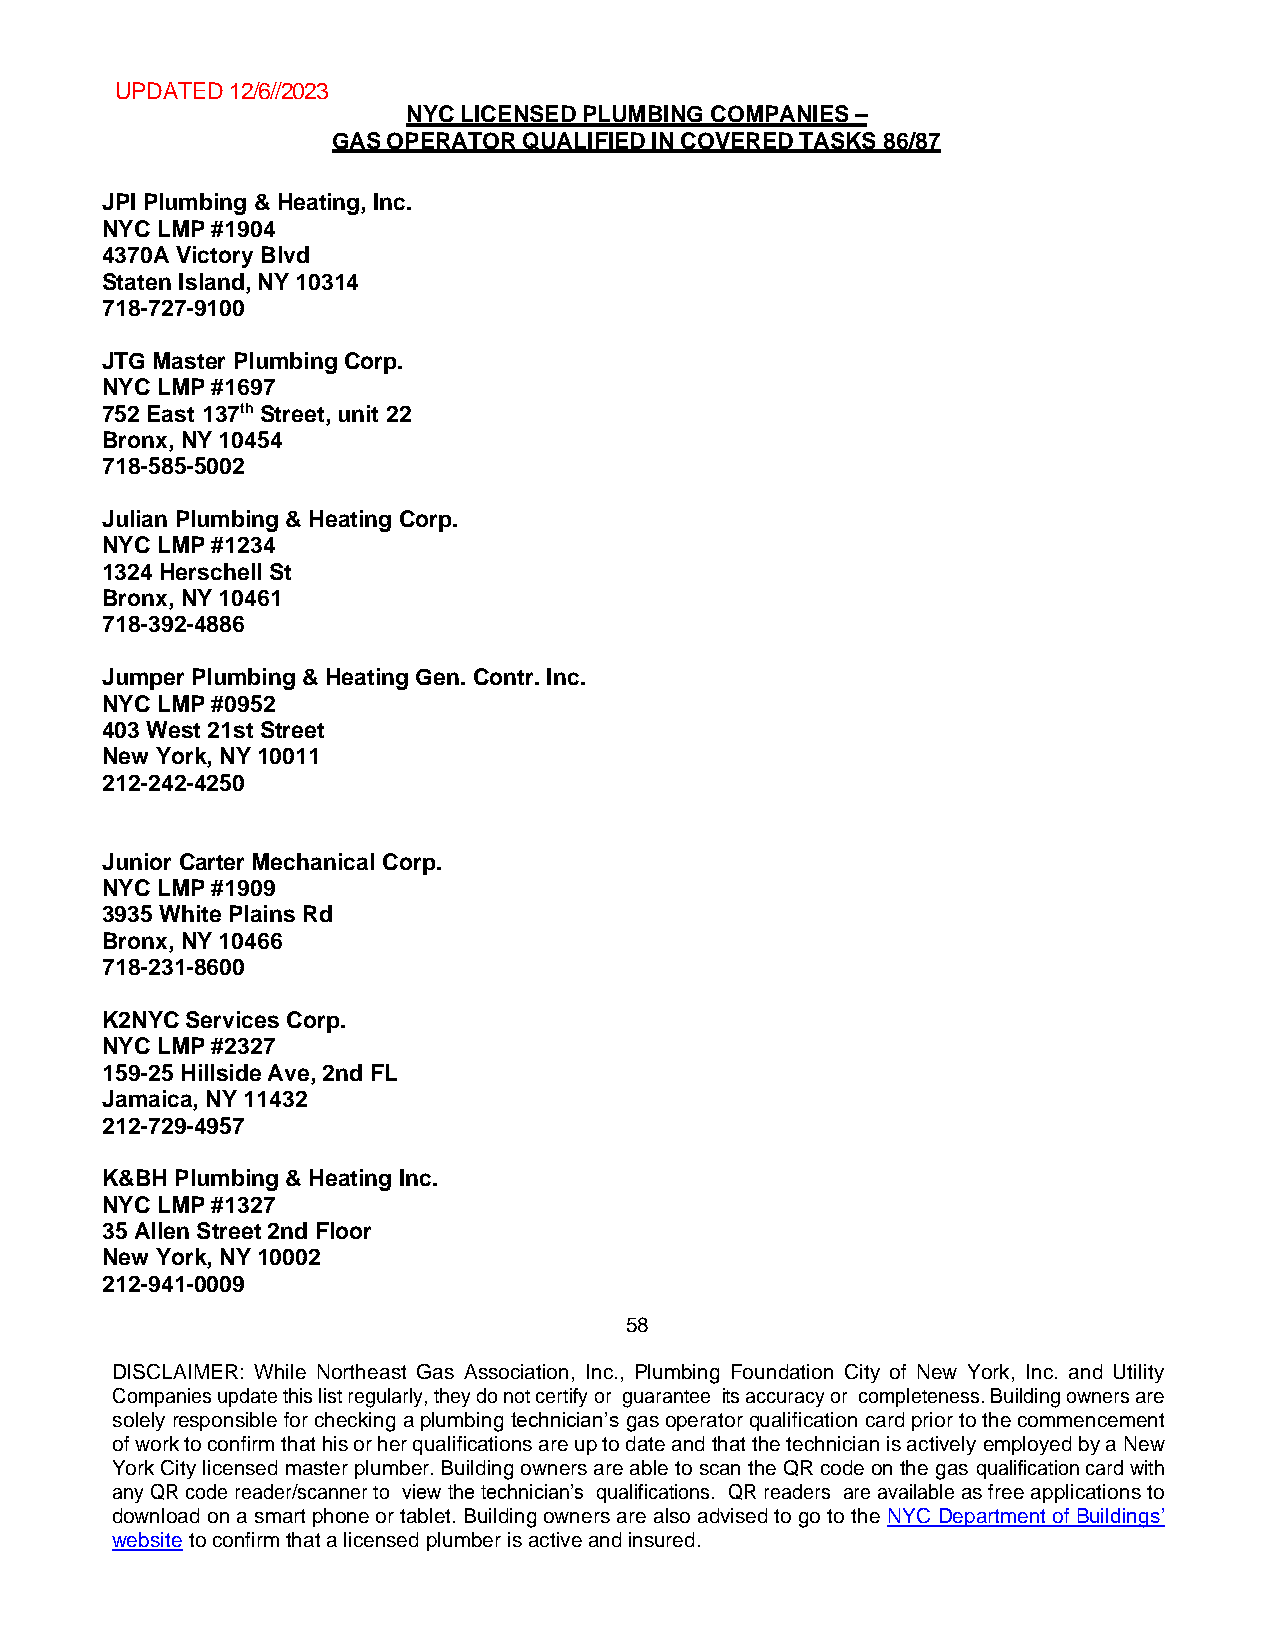
UPDATED 12/6//2023
 NYC LICENSED PLUMBING COMPANIES –
 GAS OPERATOR QUALIFIED IN COVERED TASKS 86/87
 JPI Plumbing & Heating, Inc.
 NYC LMP #1904
 4370A Victory Blvd
 Staten Island, NY 10314
 718-727-9100
 JTG Master Plumbing Corp.
 NYC LMP #1697
 752 East 137th Street, unit 22
 Bronx, NY 10454
 718-585-5002
 Julian Plumbing & Heating Corp.
 NYC LMP #1234
 1324 Herschell St
 Bronx, NY 10461
 718-392-4886
 Jumper Plumbing & Heating Gen. Contr. Inc.
 NYC LMP #0952
 403 West 21st Street
 New York, NY 10011
 212-242-4250
 Junior Carter Mechanical Corp.
 NYC LMP #1909
 3935 White Plains Rd
 Bronx, NY 10466
 718-231-8600
 K2NYC Services Corp.
 NYC LMP #2327
 159-25 Hillside Ave, 2nd FL
 Jamaica, NY 11432
 212-729-4957
 K&BH Plumbing & Heating Inc.
 NYC LMP #1327
 35 Allen Street 2nd Floor
 New York, NY 10002
 212-941-0009
 58
 DISCLAIMER: While Northeast Gas Association, Inc., Plumbing Foundation City of New York, Inc. and Utility
 Companies update this list regularly, they do not certify or guarantee its accuracy or completeness. Building owners are
 solely responsible for checking a plumbing technician’s gas operator qualification card prior to the commencement
 of work to confirm that his or her qualifications are up to date and that the technician is actively employed by a New
 York City licensed master plumber. Building owners are able to scan the QR code on the gas qualification card with
 any QR code reader/scanner to view the technician’s qualifications. QR readers are available as free applications to
 download on a smart phone or tablet. Building owners are also advised to go to the NYC Department of Buildings’
 website to confirm that a licensed plumber is active and insured.